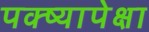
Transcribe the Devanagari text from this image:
पक्ष्यापेक्षा